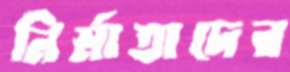
নির্মাতাদের